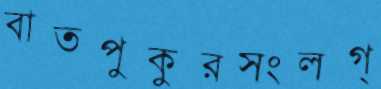
বাতপুকুরসংলগ্